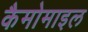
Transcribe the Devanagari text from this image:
कैमोमाइल